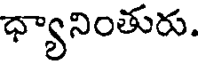
ధ్యానింతురు.